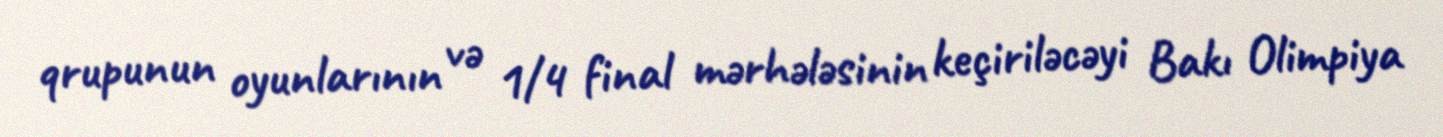
qrupunun oyunlarının və 1/4 final mərhələsinin keçiriləcəyi Bakı Olimpiya